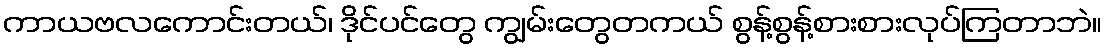
ကာယဗလကောင်းတယ်၊ ဒိုင်ပင်တွေ ကျွမ်းတွေတကယ် စွန့်စွန့်စားစားလုပ်ကြတာဘဲ။